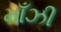
માઁઝી